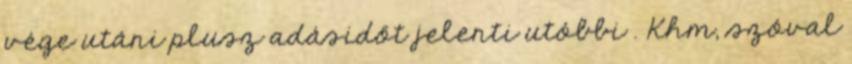
vége utáni plusz adásidőt jelenti utóbbi . Khm, szóval